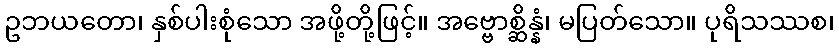
ဥဘယတော၊ နှစ်ပါးစုံသော အဖို့တို့ဖြင့်။ အဗ္ဗောစ္ဆိန္နံ၊ မပြတ်သော။ ပုရိသဿစ၊